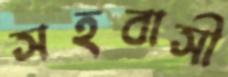
সহবাসী